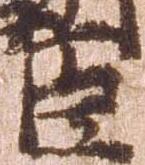
臣